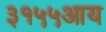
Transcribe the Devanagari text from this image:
३१५५आय